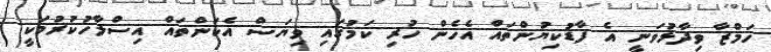
ހަމްޒާ ވިދާޅުވަނީ އެ ފާޑުކިޔުންތައް އެހެން ހުރި ކަމުގައި ވިޔަސް އެކަންތައް އިސްލާހުކުރުމަކީ